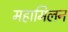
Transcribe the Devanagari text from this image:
महामिलन